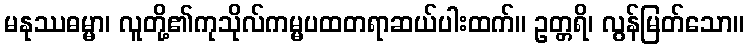
မနုဿဓမ္မာ၊ လူတို့၏ကုသိုလ်ကမ္မပထတရာဆယ်ပါးထက်။ ဥတ္တရိ၊ လွန်မြတ်သော။